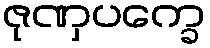
ဇုဏှပက္ခေ